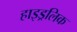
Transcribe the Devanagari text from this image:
हाइड्रलिक